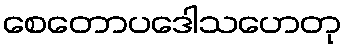
စေတောပဒေါသဟေတု